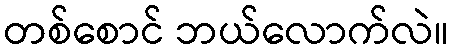
တစ်စောင် ဘယ်လောက်လဲ။